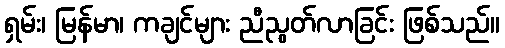
ရှမ်း၊ မြန်မာ၊ ကချင်များ ညီညွတ်လာခြင်း ဖြစ်သည်။